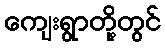
ကျေးရွာတို့တွင်